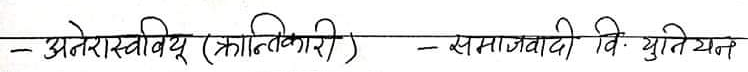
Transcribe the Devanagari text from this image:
- अनेरास्ववियू (क्रान्तिकारी) - समाजवादी वि. युनियन